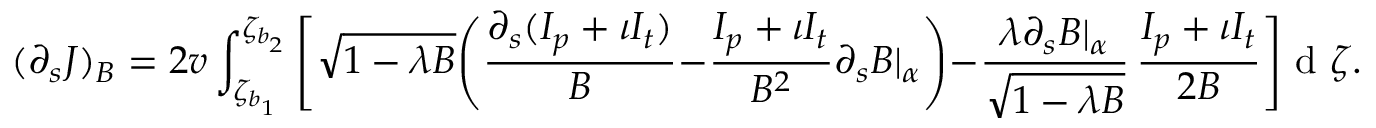
( \partial _ { s } J ) _ { B } = 2 v \int _ { \zeta _ { b _ { 1 } } } ^ { \zeta _ { b _ { 2 } } } \Bigg [ \sqrt { 1 - \lambda B } \Bigg ( \frac { \partial _ { s } ( I _ { p } + \iota I _ { t } ) } { B } - \frac { I _ { p } + \iota I _ { t } } { B ^ { 2 } } \partial _ { s } B | _ { \alpha } \Bigg ) - \frac { \lambda \partial _ { s } B | _ { \alpha } } { \sqrt { 1 - \lambda B } } \, \frac { I _ { p } + \iota I _ { t } } { 2 B } \Bigg ] \mathrm { ~ d ~ } \zeta .